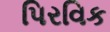
પિરવિક